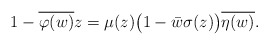
\begin{align*}1-\overline{\varphi(w)}z & = \mu(z)\big(1-\bar{w}\sigma(z)\big)\overline{\eta(w)}.\end{align*}